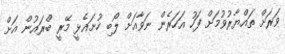
ވަރަށް ތައްޔާރުވުމަށް ފަހު އަހަރެން ނަވާއަށް ލޯބި ހުށައެޅީ މޭރީ ބްރައުން އަށް